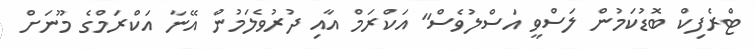
ޓްރެފިކް ބޮޑުކަމުން ލަސްވީ އަސްލުވެސް" އަކްރަމް އާއި ދުރުވެލަމުން އޭނާ އަކްރަމްގެ މޫނަށް